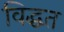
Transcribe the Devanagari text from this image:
विद्धत